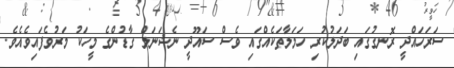
ސަރަހައްދީ ރޮނގުގައި ބަދަލުކުރި ހަމަލާތަކެއްގައި ވެސް ސައޫދީ ނެޝަނަލް ގާޑުންގެ މީހަކު މަރުވެފައިވެއެވެ.